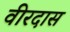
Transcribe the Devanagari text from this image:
वीरदास